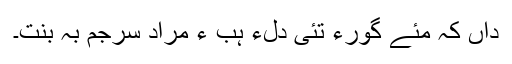
داں کہ مئے گْورءَ تئی دلءِ ہُبّ ءُ مراد سرجم بہ بنت۔